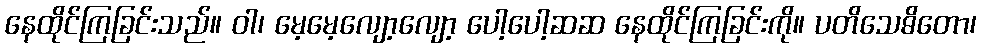
နေထိုင်ကြခြင်းသည်။ ဝါ၊ မေ့မေ့လျော့လျော့ ပေါ့ပေါ့ဆဆ နေထိုင်ကြခြင်းကို။ ပတိသေဓိတော၊